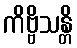
ကိဗ္ဗိသန္တိ